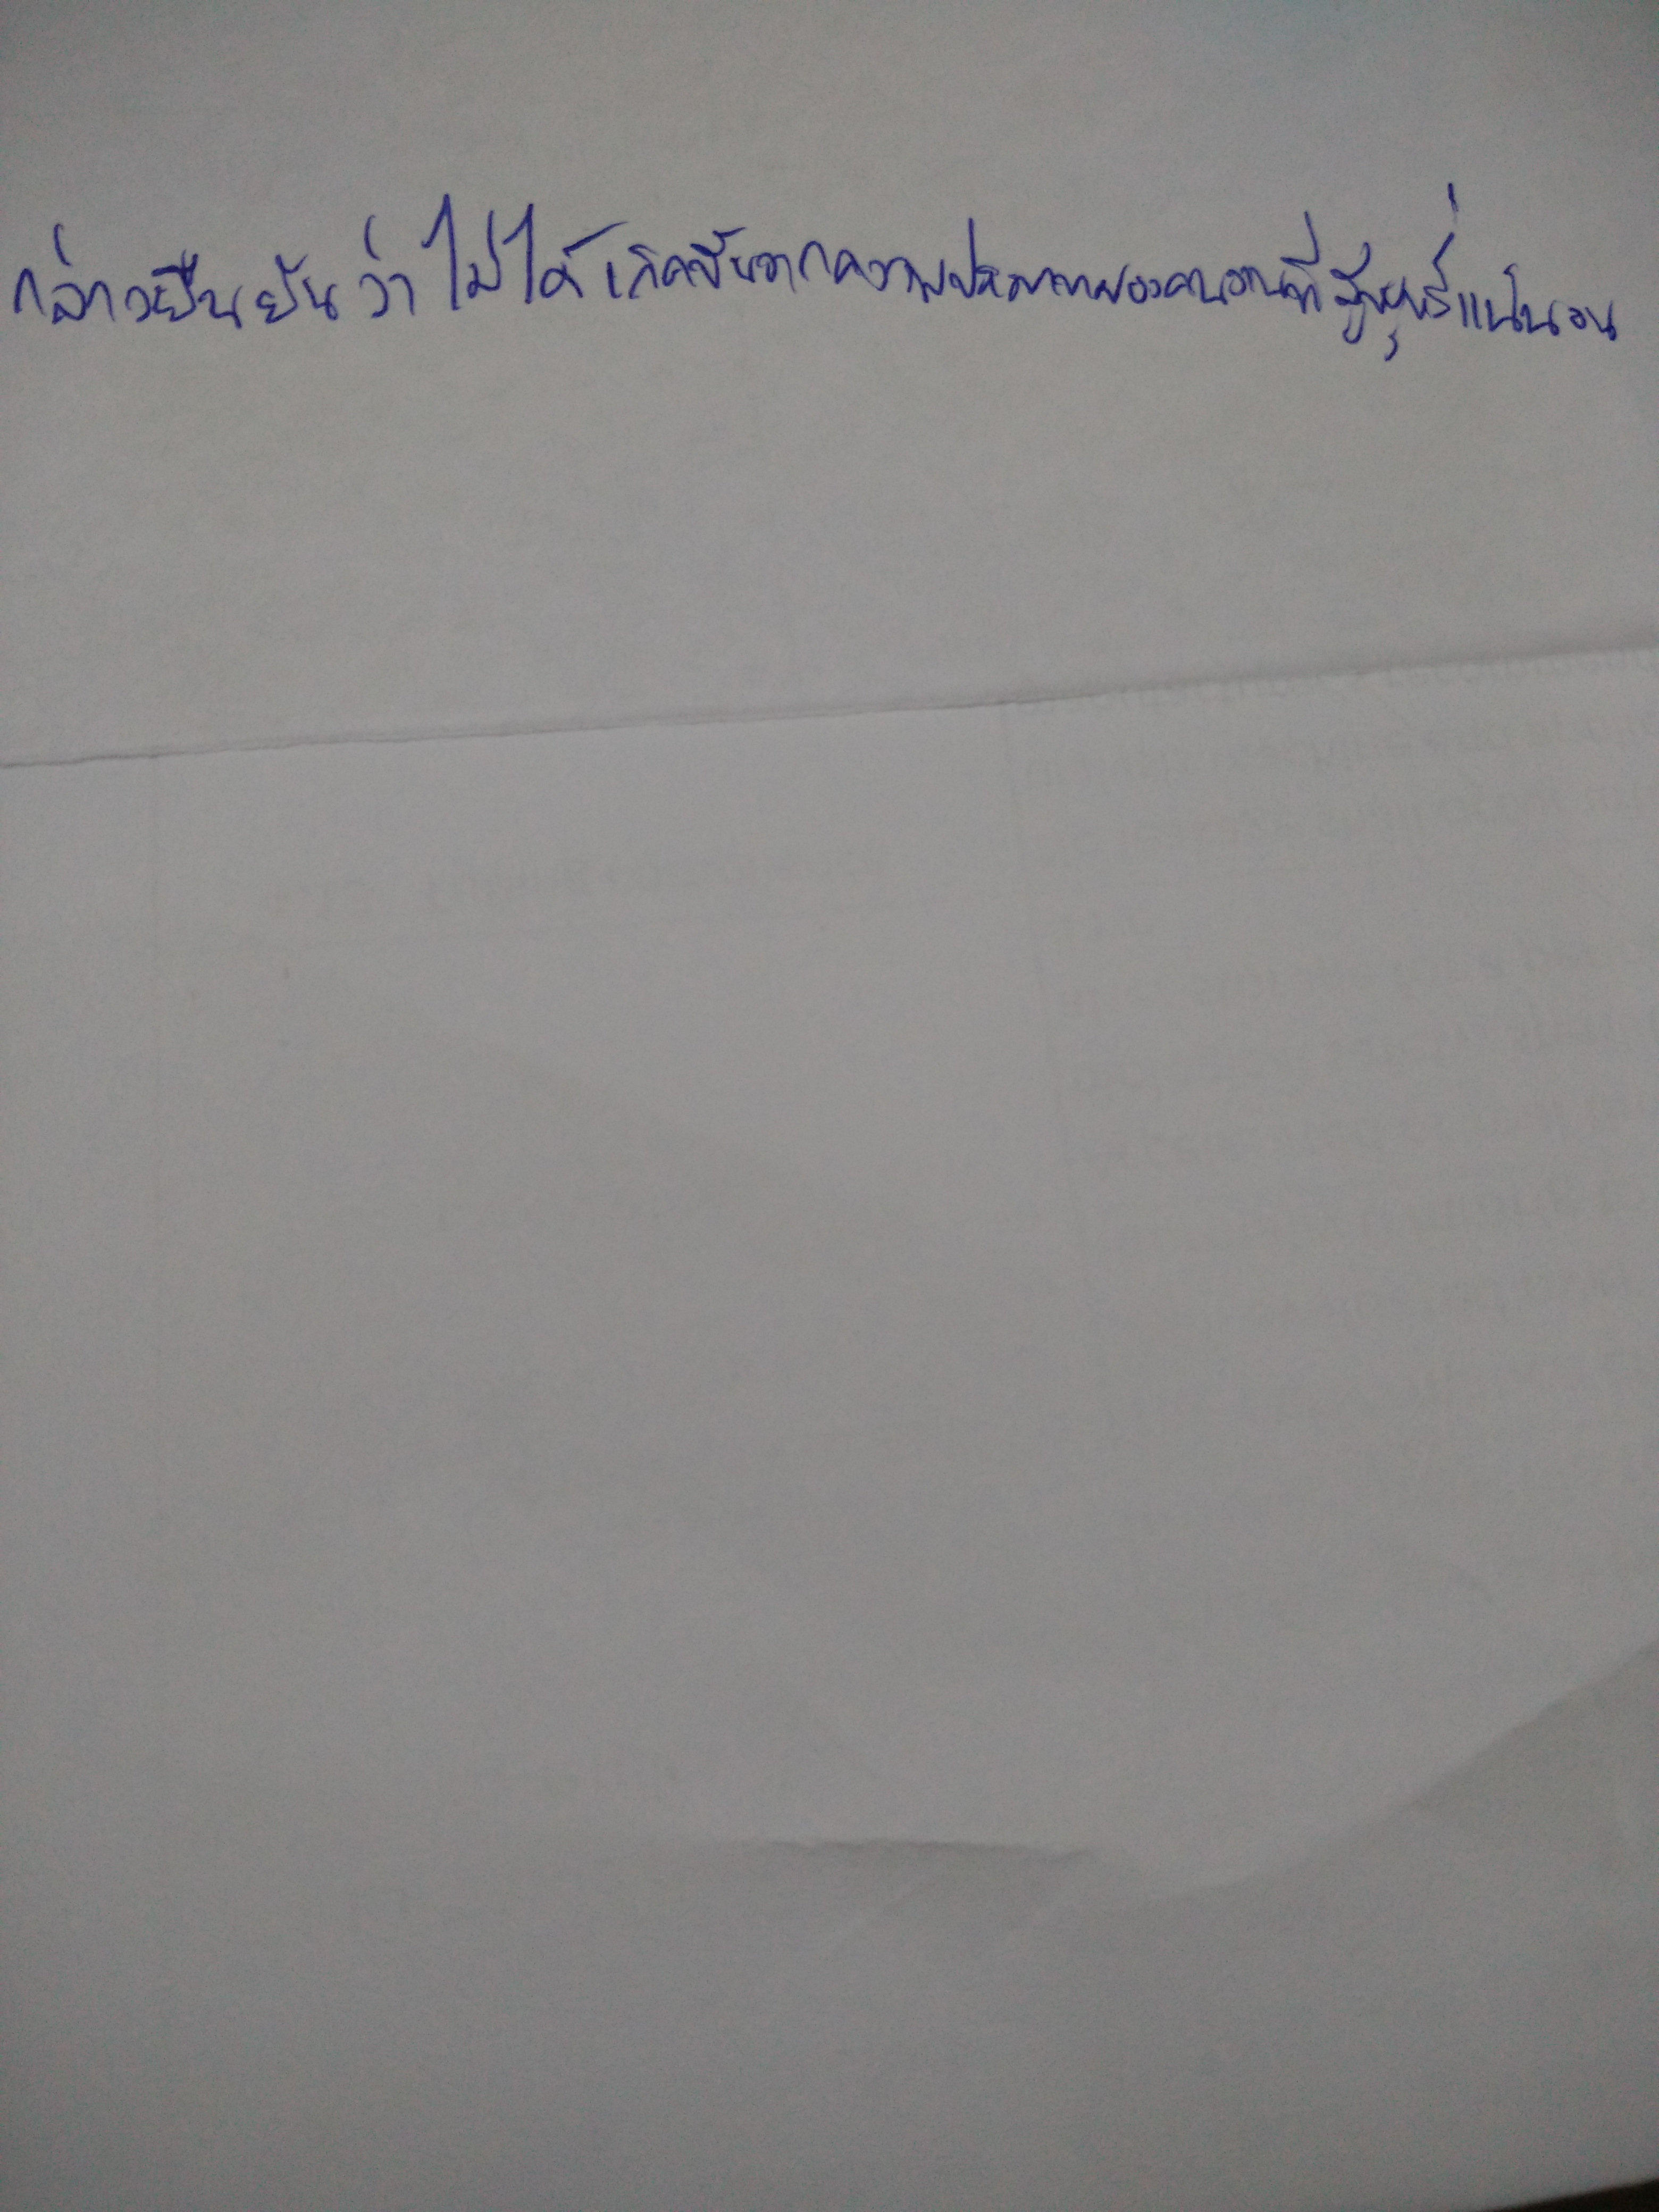
กล่าวยืนยันว่าไม่ได้เกิดขึ้นจากความประมาทของคนงานที่สูบบุหรี่แน่นอน